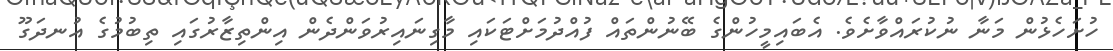
ހުށަހެޅުން މަނާ ނުކުރައްވާށެވެ. އެބައިމީހުންގެ ބޭނުންތައް ފުއްދުމަށްޓަކައި މާގިނައިރުވަންދެން އިންތިޒާރުގައި ތިބުމުގެ އުނދަގޫ